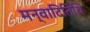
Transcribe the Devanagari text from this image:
मन्वादितिथि